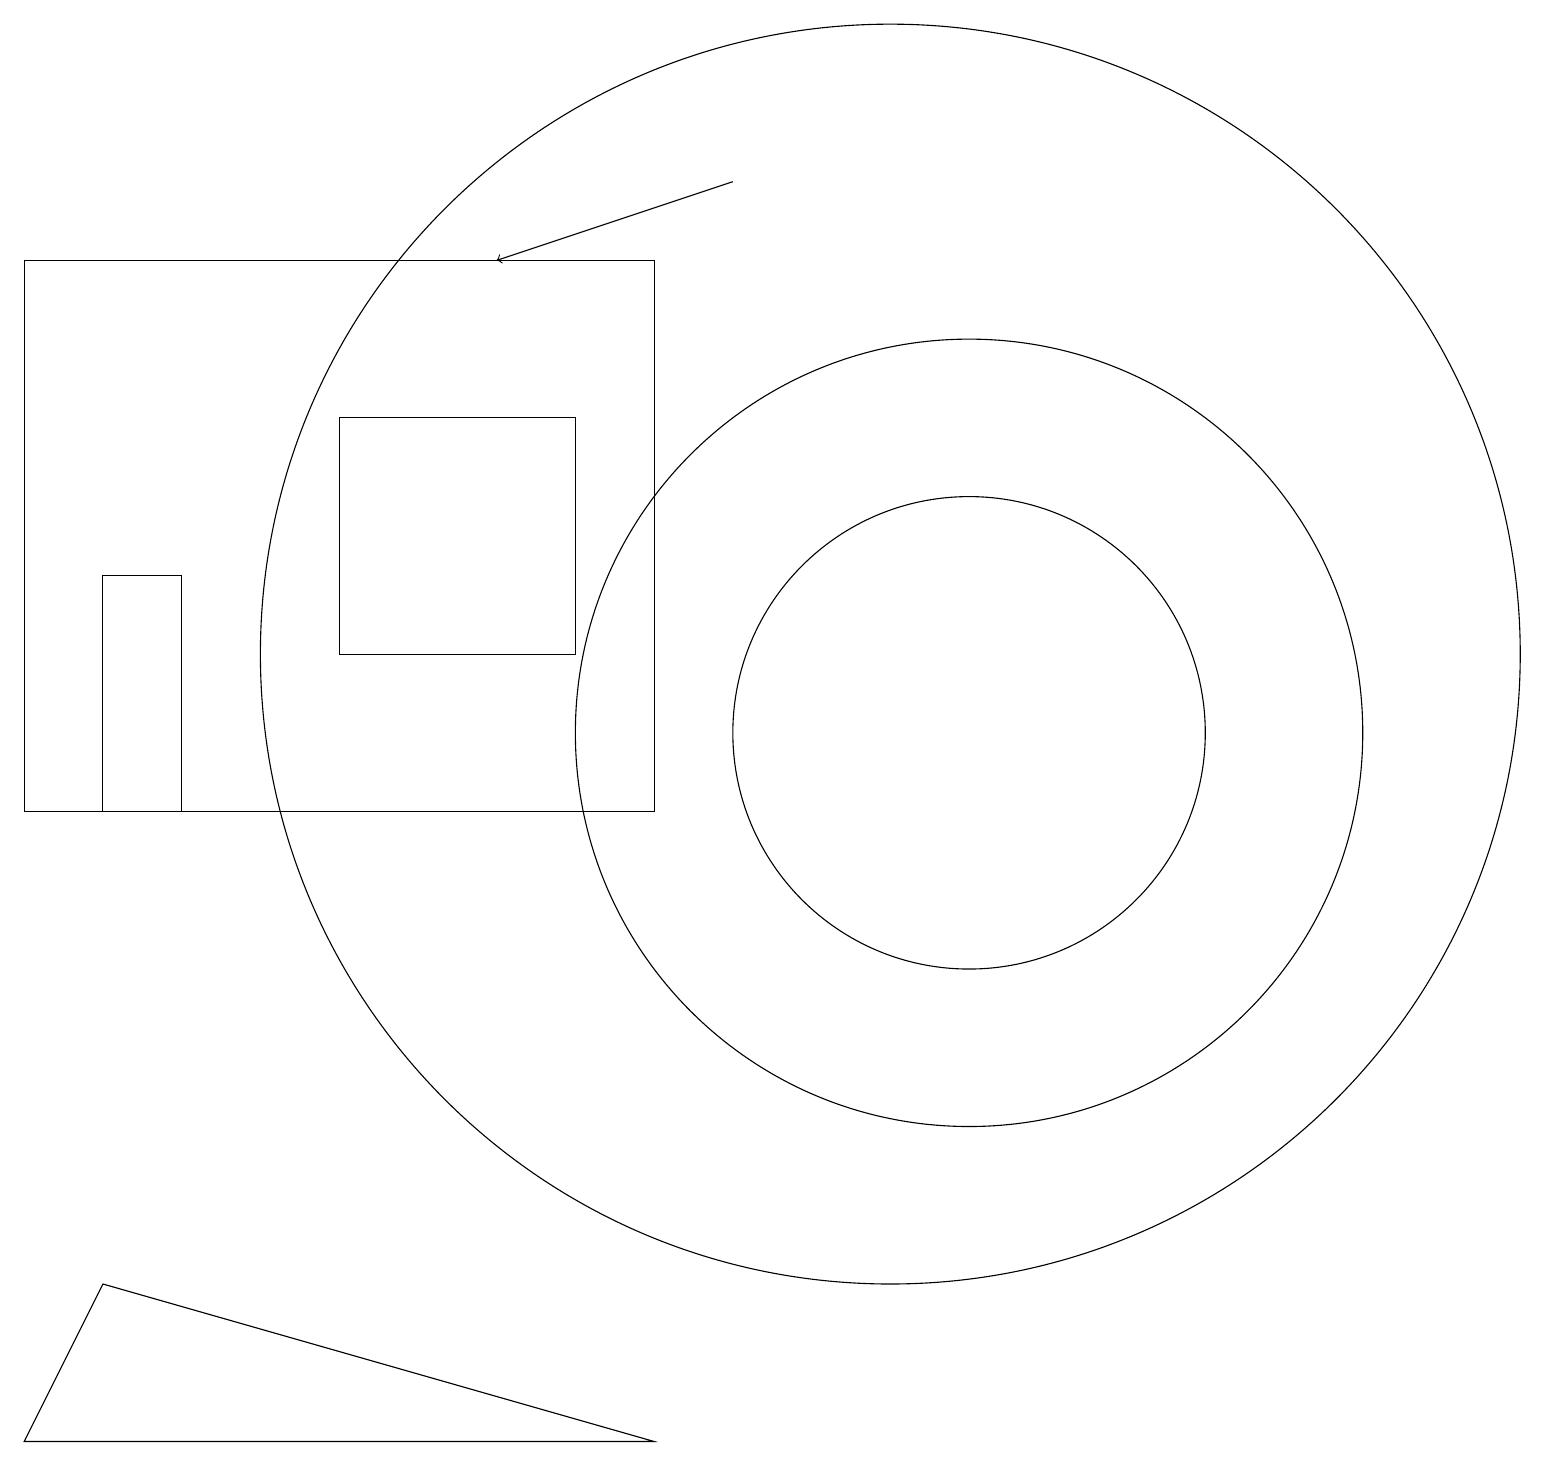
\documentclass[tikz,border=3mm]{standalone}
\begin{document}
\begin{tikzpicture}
\draw (12,11) circle (3);
\draw (2,10) rectangle (1,13);
\draw (1,4) -- (8,2) -- (0,2) -- cycle;
\draw (11,12) circle (8);
\draw (0,10) rectangle (8,17);
\draw (7,15) rectangle (4,12);
\draw[->] (9,18) -- (6,17);
\draw (12,11) circle (5);
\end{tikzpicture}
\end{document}